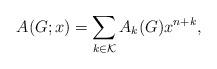
LaTeX: \begin{align*} A(G;x)= \displaystyle\sum_{k\in \mathcal{K}} A_{k}(G) x^{n+k},\end{align*}